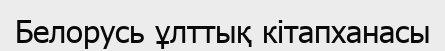
Белорусь ұлттық кітапханасы